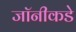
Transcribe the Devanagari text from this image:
जॉनीकडे